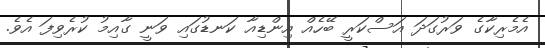
އެމެރިކާގެ ވަރުގަދަ އަސްކަރީ ބޭހެއް އިންޑިއާ ކަނޑުގައި ވަނީ ގާއިމު ކުރެވިފަ އެވެ.